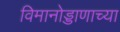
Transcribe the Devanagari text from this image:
विमानोड्डाणाच्या